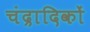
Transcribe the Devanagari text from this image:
चंद्रादिकों